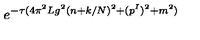
e ^ { - \tau ( 4 \pi ^ { 2 } L g ^ { 2 } ( n + k / N ) ^ { 2 } + ( p ^ { I } ) ^ { 2 } + m ^ { 2 } ) }